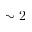
\sim 2